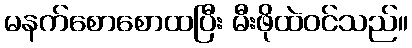
မနက်စောစောထပြီး မီးဖိုထဲဝင်သည်။